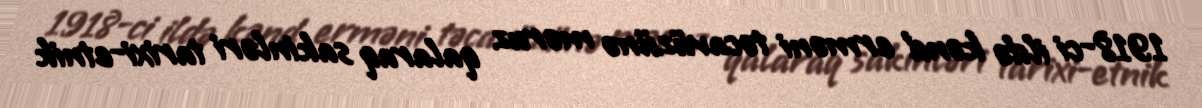
1918-ci ildə kənd erməni təcavüzünə məruz qalaraq sakinləri tarixi-etnik